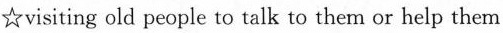
☆visiting old people to talk to them or help them